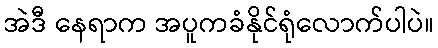
အဲဒီ နေရာက အပူကခံနိုင်ရုံလောက်ပါပဲ။